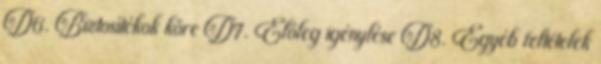
D6. Biztosítékok köre D7. Előleg igénylése D8. Egyéb feltételek